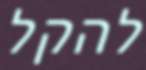
להקל